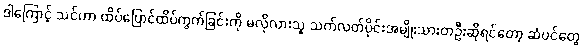
ဒါကြောင့် သင်ဟာ ထိပ်ပြောင်ထိပ်ကွက်ခြင်းကို မလိုလားသူ သက်လတ်ပိုင်းအမျိုးသားတဦးဆိုရင်တော့ ဆံပင်တွေ